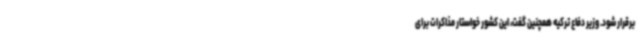
برقرار شود. وزیر دفاع ترکیه همچنین گفت، این کشور خواستار مذاکرات برای